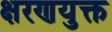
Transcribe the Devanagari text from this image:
क्षरणयुक्त